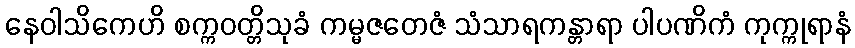
နေဝါသိကေဟိ စက္ကဝတ္တိသုခံ ကမ္မဇတေဇံ သံသာရကန္တာရာ ပါပဏိကံ ကုက္ကုရာနံ